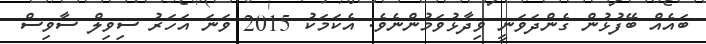
ބައެއް ބޭފުޅުން ގެންދަވަނީ ވިދާޅުވަމުންނެވެ. އެކަމަކު 2015 ވަނަ އަަހަރު ސިވިލް ސާވިސް